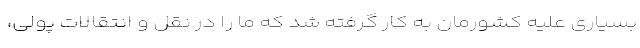
بسیاری علیه کشورمان به کار گرفته شد که ما را در نقل و انتقالات پولی،